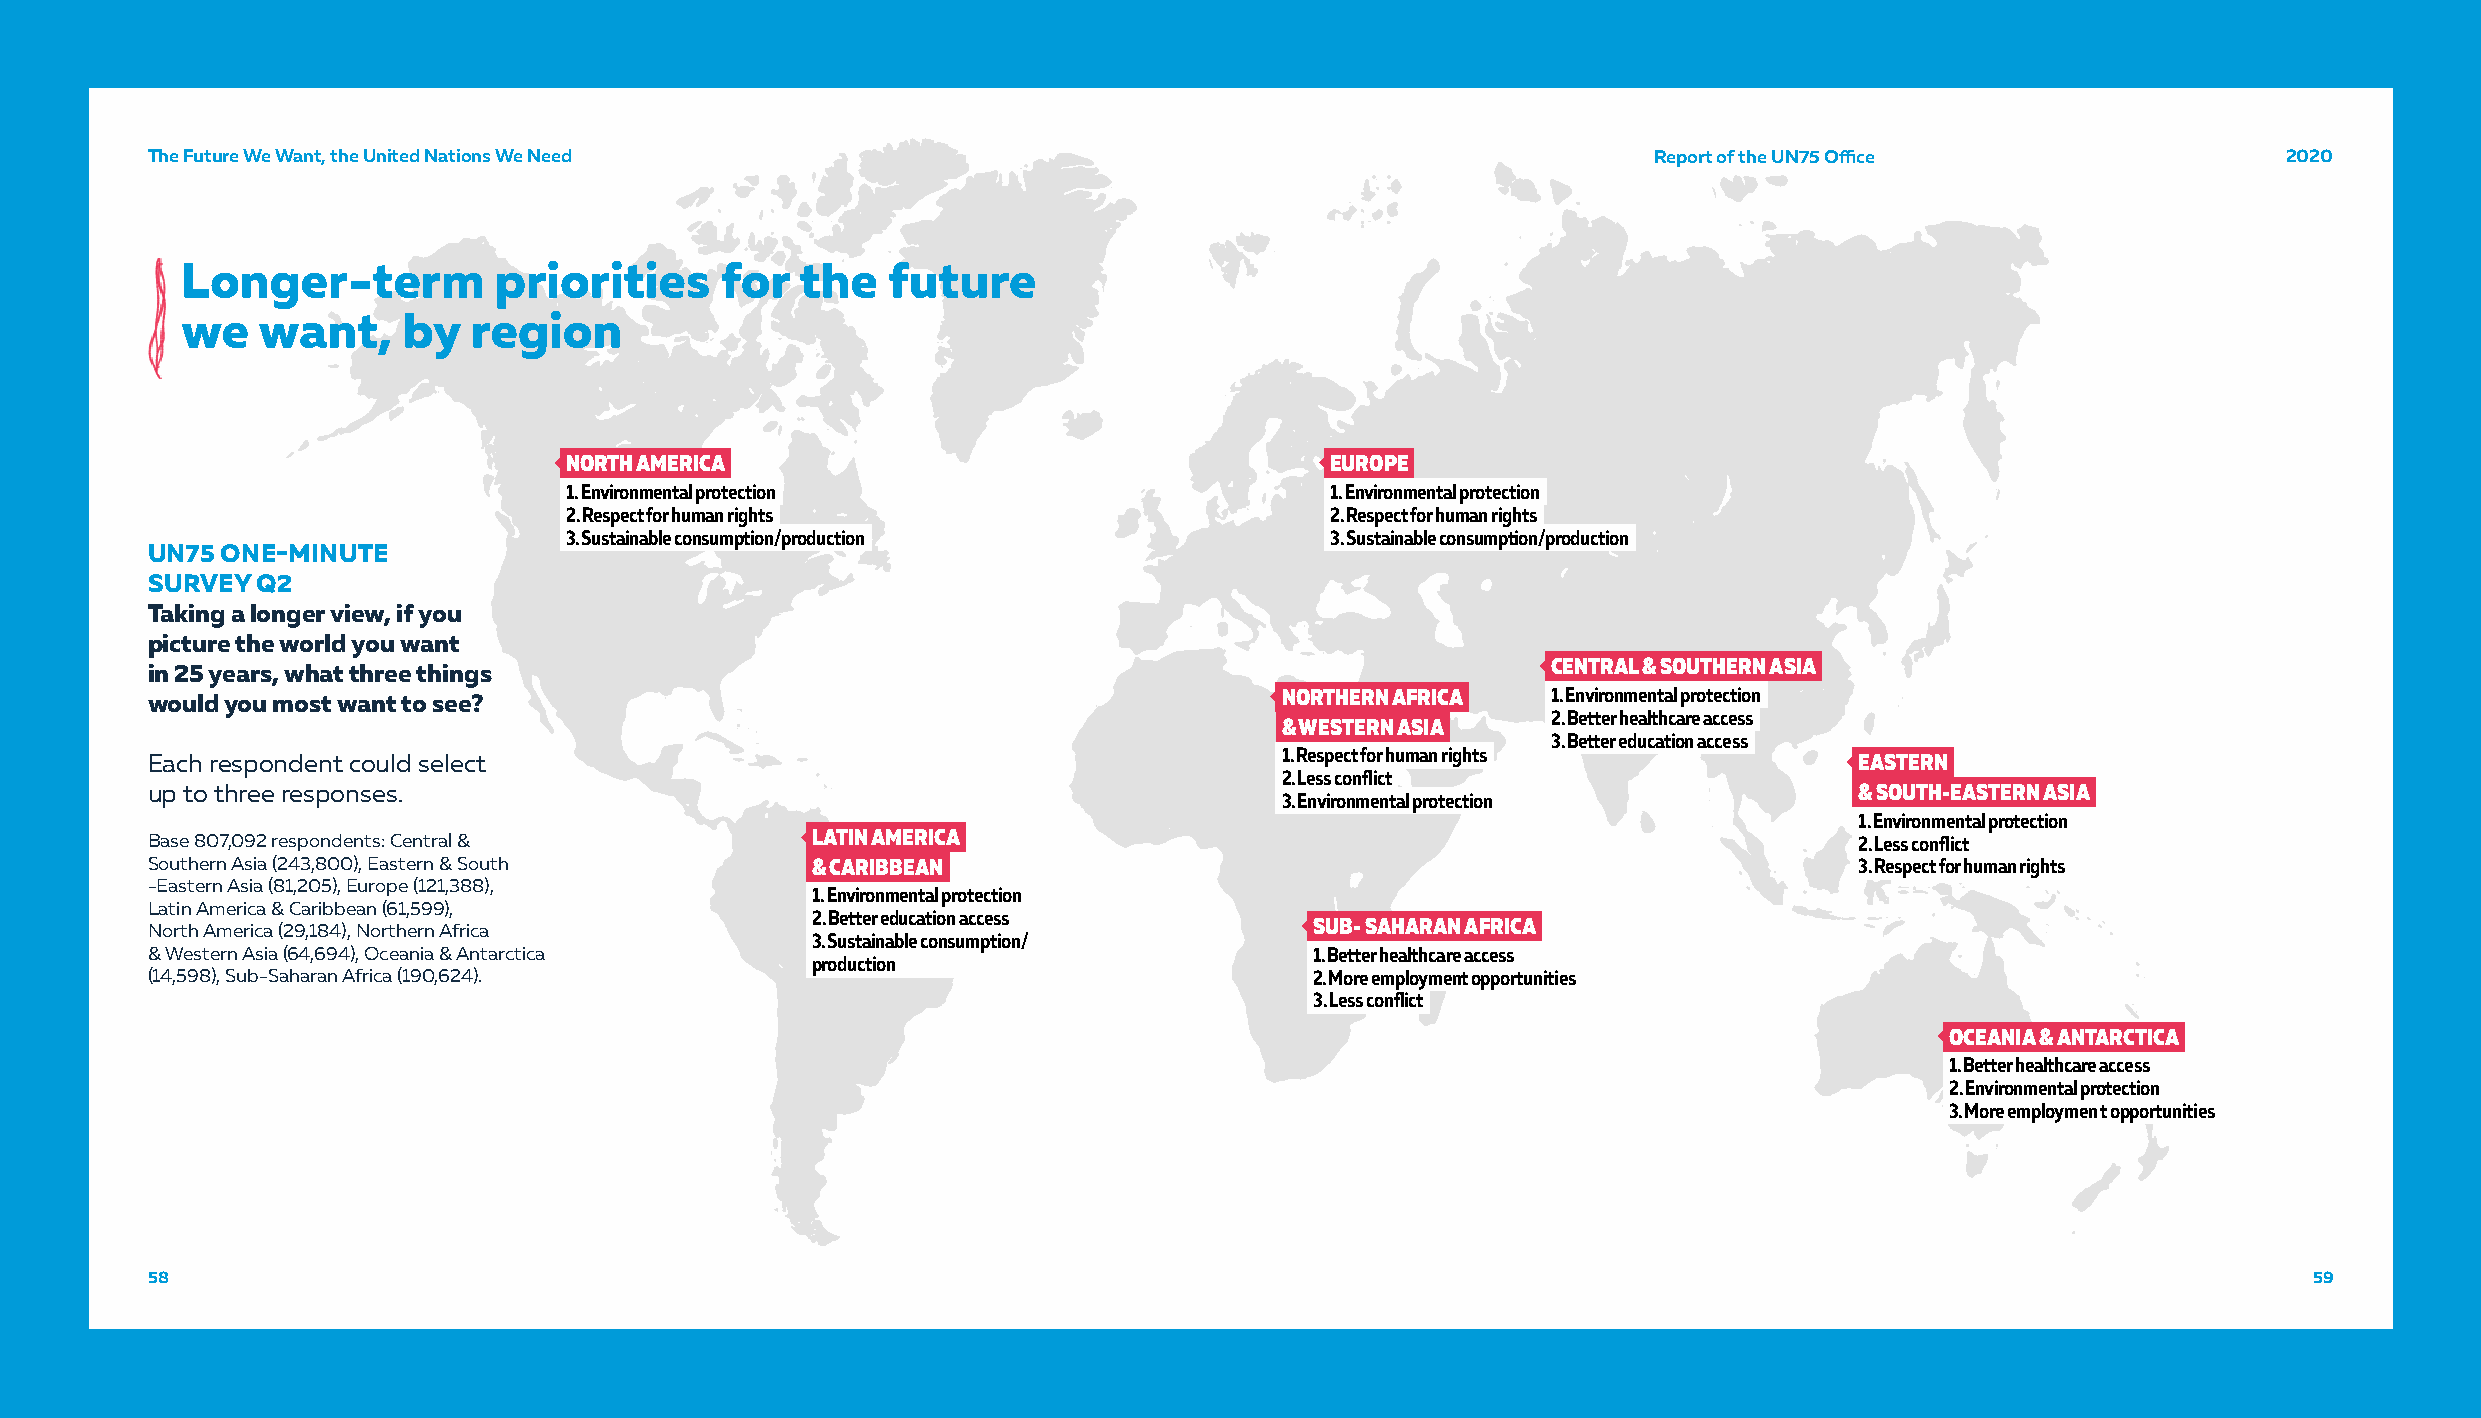
The Future We Want, the United Nations We Need                                                     RReeppoorrtt ooff tthhee UUNN7755 OOffifficcee 22002200
 Longer-term          priorities     for  the   future
 we   want,     by  region
 NORTH AMERICA                                      EUROPE
 1. Environmental protection                        1. Environmental protection
 2. Respect for human rights                        2. Respect for human rights
 3. Sustainable consumption/production              3. Sustainable consumption/production
 UN75 ONE-MINUTE
 SURVEY Q2
 Taking a longer view, if you
 picture the world you want
 in 25 years, what three things                                                               CENTRAL & SOUTHERN ASIA
 would you most want to see?                                                NORTHERN AFRICA   1. Environmental protection
 2. Better healthcare access
 & WESTERN ASIA
 3. Better education access
 Each respondent could select                                               1. Respect for human rights           EASTERN
 2. Less conflict
 up to three responses.                                                                                           & SOUTH-EASTERN ASIA
 3. Environmental protection
 1. Environmental protection
 Base 807,092 respondents: Central &         LATIN AMERICA                                                        2. Less conflict
 Southern Asia (243,800), Eastern & South    & CARIBBEAN                                                          3. Respect for human rights
 -Eastern Asia (81,205), Europe (121,388),
 1. Environmental protection
 Latin America & Caribbean (61,599),
 2. Better education access
 North America (29,184), Northern Africa                                      SUB- SAHARAN AFRICA
 3. Sustainable consumption/
 & Western Asia (64,694), Oceania & Antarctica                                1. Better healthcare access
 production
 (14,598), Sub-Saharan Africa (190,624).                                      2. More employment opportunities
 3. Less conflict
 OCEANIA & ANTARCTICA
 1. Better healthcare access
 2. Environmental protection
 3. More employmen t opportunities
 58                                                                                                                                             59